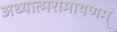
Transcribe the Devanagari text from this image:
अध्यात्मरामायणम्